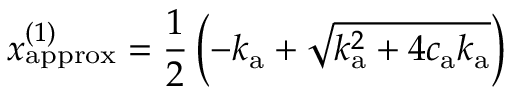
{ x _ { \mathrm { a p p r o x } } ^ { ( 1 ) } = \frac { 1 } { 2 } \left( - k _ { \mathrm { a } } + \sqrt { k _ { \mathrm { a } } ^ { 2 } + 4 c _ { \mathrm { a } } k _ { \mathrm { a } } } \right) }